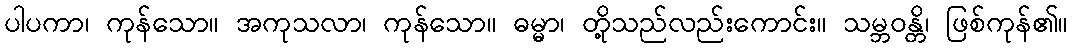
ပါပကာ၊ ကုန်သော။ အကုသလာ၊ ကုန်သော။ ဓမ္မာ၊ တို့သည်လည်းကောင်း။ သမ္ဘဝန္တိ၊ ဖြစ်ကုန်၏။